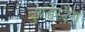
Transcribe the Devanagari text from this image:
बुण्डेस्टैग